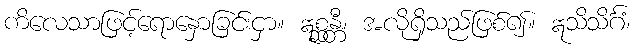
ကိလေသာဖြင့်ရောနှောခြင်းငှာ။ ဣစ္ဆန္တီ၊ အလိုရှိသည်ဖြစ်၍။ ဣသိသိင်္ဂံ၊